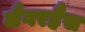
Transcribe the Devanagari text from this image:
लैगरहैंस